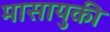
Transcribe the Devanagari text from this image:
मासायुकी